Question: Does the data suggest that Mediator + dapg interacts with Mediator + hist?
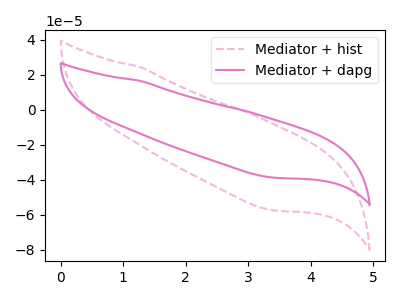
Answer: <think>The pink dashed curve "Mediator + hist" has no peaks. The pink curve "Mediator + dapg" has no peaks.
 Neither "Mediator + dapg" or "Mediator + hist" have any peaks.</think>
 <answer>No, "Mediator + dapg" and "Mediator + hist" don't appear to be significantly different in shape</answer>
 <eval>no_change</eval>